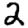
Digit: 2